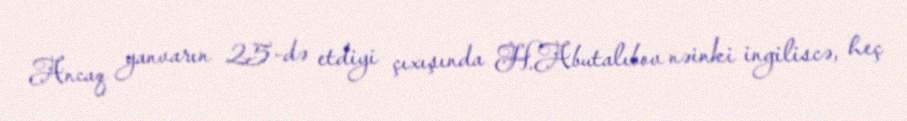
Ancaq yanvarın 25-də etdiyi çıxışında H.Abutalıbov nəinki ingiliscə, heç